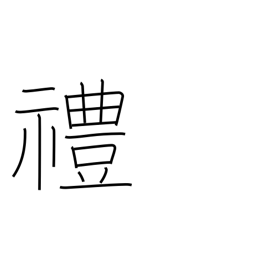
Meaning: rites